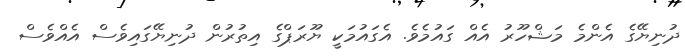
ދުނިޔޭގެ އެންމެ މަޝްހޫރު އެއް ގައުމެވެ. އެގައުމަކީ ޔޫރަޕްގެ އިތުރުން ދުނިޔޭގައިވެސް އެއްވެސް